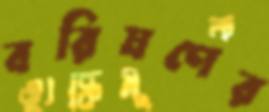
বরিষণের